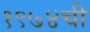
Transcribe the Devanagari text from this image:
१९७४ची